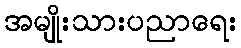
အမျိုးသားပညာရေး